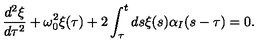
\frac { d ^ { 2 } \xi } { d \tau ^ { 2 } } + \omega _ { 0 } ^ { 2 } \xi ( \tau ) + 2 \int _ { \tau } ^ { t } d s \xi ( s ) \alpha _ { I } ( s - \tau ) = 0 .